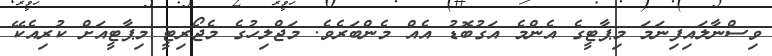
ވިސްނާލައިފިނަމަ މިޕާޓީގެ އެންމެ އަގުބޮޑު އެއް މެންބަރެވެ. މަޖްލިހުގެ މެޖޯރިޓީ މިޕާޓީއަށް ކުރިއެކޭ